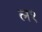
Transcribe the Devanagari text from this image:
ल१